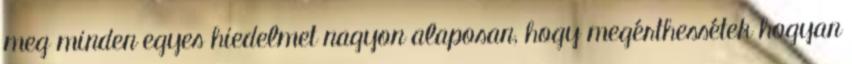
meg minden egyes hiedelmet nagyon alaposan, hogy megérthessétek hogyan